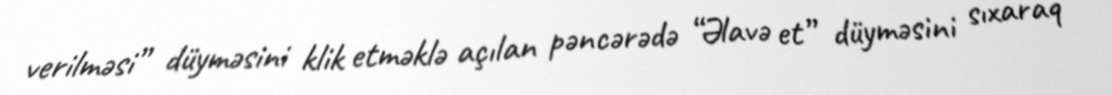
verilməsi” düyməsini klik etməklə açılan pəncərədə “Əlavə et” düyməsini sıxaraq